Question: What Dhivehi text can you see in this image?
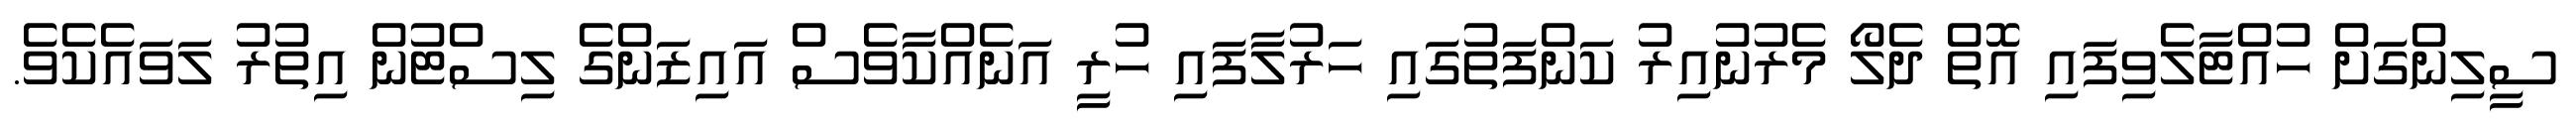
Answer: ސީލިންގަށް ހުއްޓާލެވިފައި އޮތް ދެލޯ މެރުނުއިރު ކަންފަތުގައި ހަރުލާފައި ހުރީ އަނެއްކާވެސް އައިޒަންގެ ލިސްޓުން އިތުރު ލަވައެކެވެ.